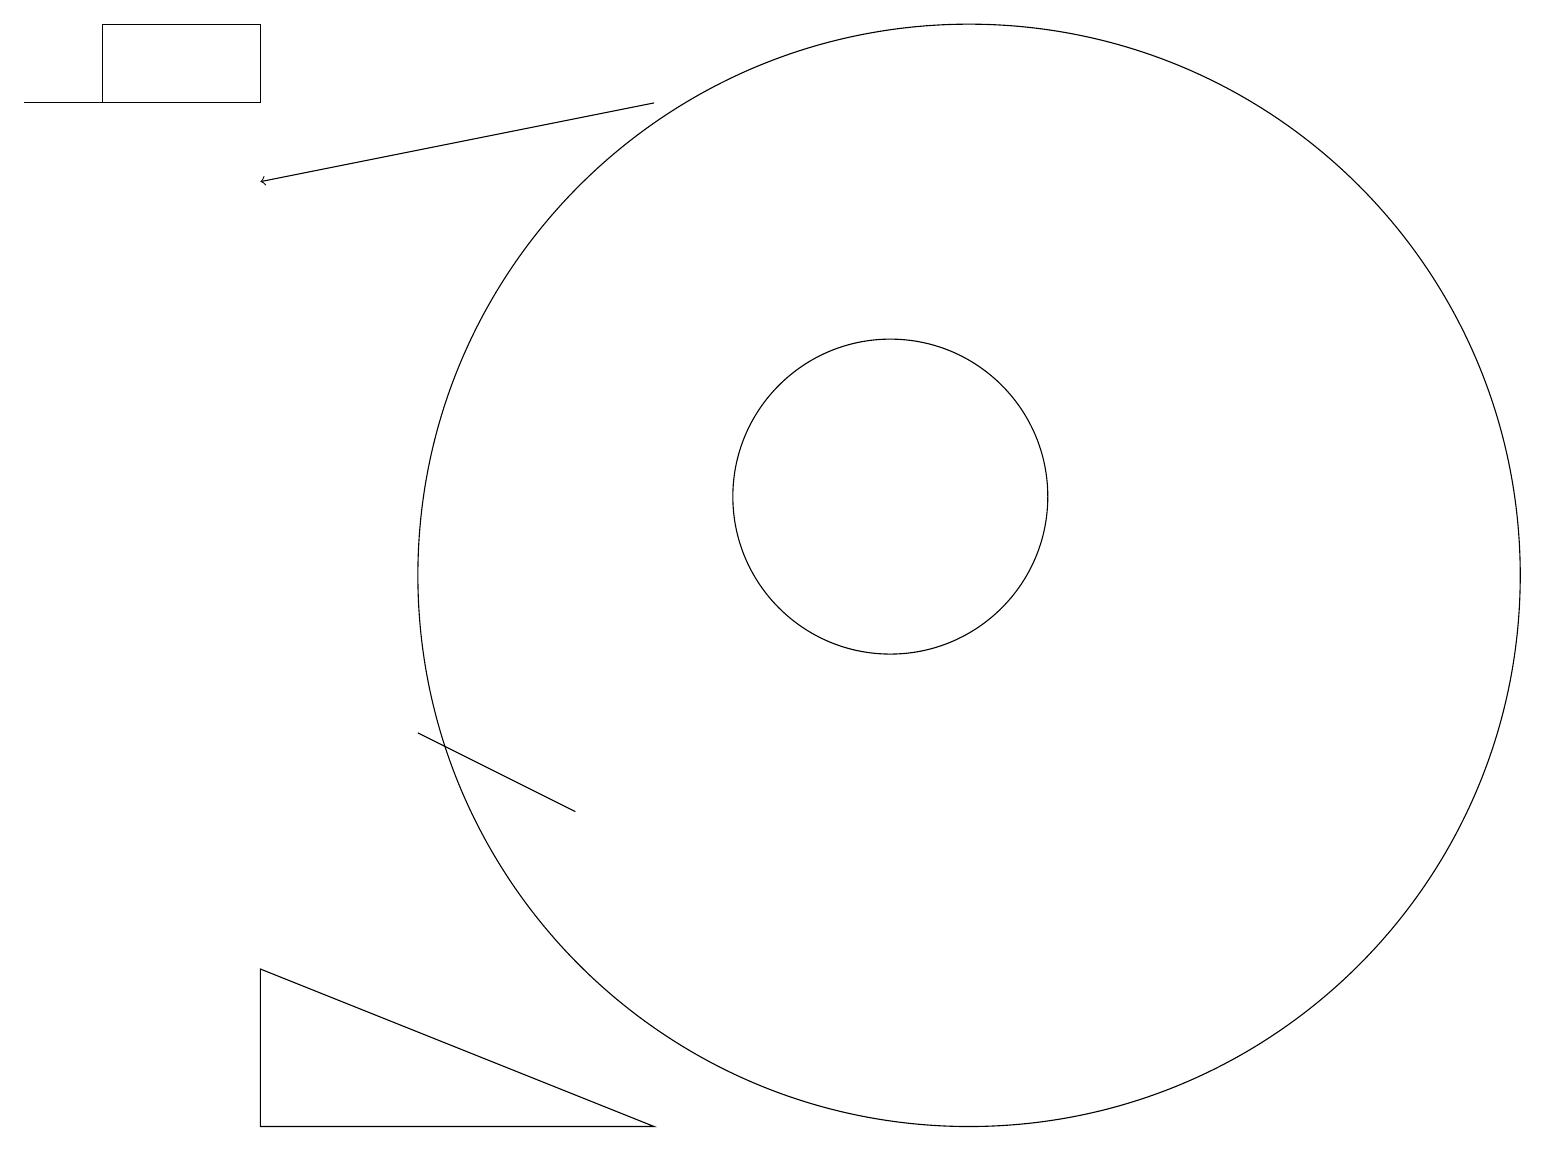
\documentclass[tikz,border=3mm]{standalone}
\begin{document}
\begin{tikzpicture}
\draw[->] (8,16) -- (3,15);
\draw (5,8) -- (7,7) -- (5,8) -- cycle;
\draw (0,16) rectangle (3,16);
\draw (3,17) rectangle (1,16);
\draw (12,10) circle (7);
\draw (3,5) -- (3,3) -- (8,3) -- cycle;
\draw (11,11) circle (2);
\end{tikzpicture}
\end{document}